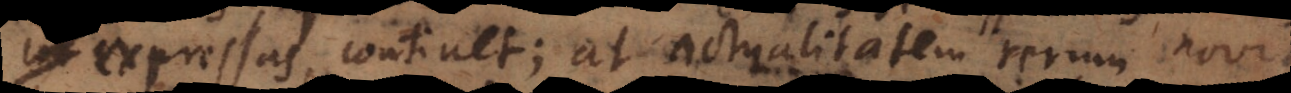
expressas, continet; at actualitatem rerum novit